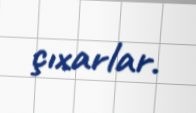
çıxarlar.